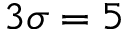
3 \sigma = 5